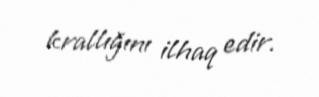
krallığını ilhaq edir.